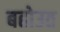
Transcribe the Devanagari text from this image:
बहोउत